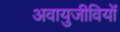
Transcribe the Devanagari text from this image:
अवायुजीवियों